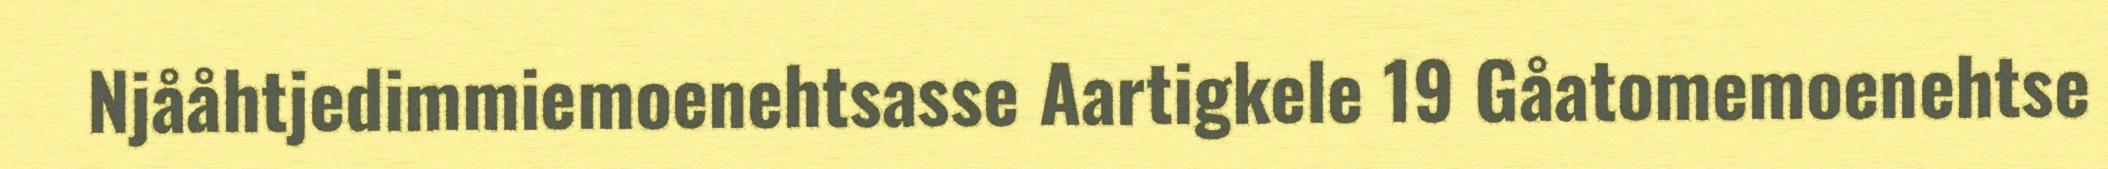
Njååhtjedimmiemoenehtsasse Aartigkele 19 Gåatomemoenehtse